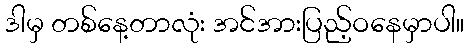
ဒါမှ တစ်နေ့တာလုံး အင်အားပြည့်ဝနေမှာပါ။